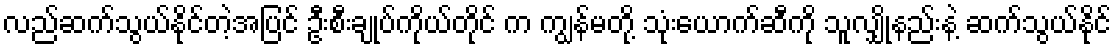
လည်ဆက်သွယ်နိုင်တဲ့အပြင် ဦးစီးချုပ်ကိုယ်တိုင် က ကျွန်မတို့ သုံးယောက်ဆီကို သူလျှိုနည်းနဲ့ ဆက်သွယ်နိုင်